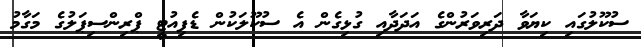
ސުކޫލުގައި ކިޔަވާ ދަރިވަރުންގެ އަދަދާއި ގުޅިގެން އެ ސުކޫލަކުން ޑެޕިއުޓީ ޕްރިންސިޕަލުގެ މަގާމު